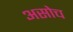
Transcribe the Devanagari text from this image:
असोच